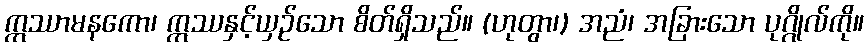
ဣဿာမနကော၊ ဣဿနှင့်ယှဉ်သော စိတ်ရှိသည်။ (ဟုတွာ၊) အညံ၊ အခြားသော ပုဂ္ဂိုလ်ကို။